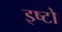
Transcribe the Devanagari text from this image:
इष्टो